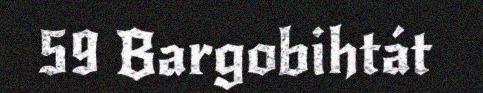
59 Bargobihtát